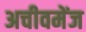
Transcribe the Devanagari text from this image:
अचीवमेंज